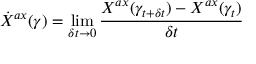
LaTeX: \dot { X } ^ { a x } ( \gamma ) = \operatorname * { l i m } _ { \delta t \rightarrow 0 } \frac { X ^ { a x } ( \gamma _ { t + \delta t } ) - X ^ { a x } ( \gamma _ { t } ) } { \delta t }